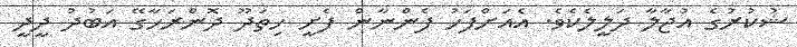
ޝުކުރުގެ އުޖާލާ ދަލީލެކެވެ. އެއަށްފަހު ފެންނާން ފެށީ ހިތަދޫ ދޮންރަހާގޭ އަބުދު ދީދީ